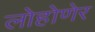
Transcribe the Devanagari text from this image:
लोहोणेर